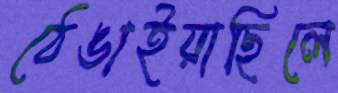
ঠেঙাইয়াছিলে